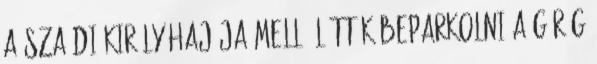
a szaúdi király hajója mellé látták beparkolni a görög